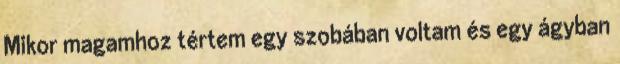
Mikor magamhoz tértem egy szobában voltam és egy ágyban